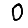
Digit: 0